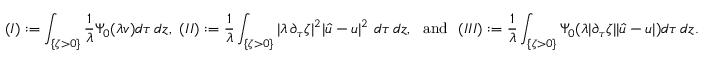
( I ) : = \int _ { \{ \zeta > 0 \} } \frac { 1 } { \lambda } \Psi _ { 0 } ( \lambda v ) d \tau \, d z , \ ( I I ) : = \frac { 1 } { \lambda } \int _ { \{ \zeta > 0 \} } | \lambda \, \partial _ { \tau } \zeta | ^ { 2 } | \hat { u } - u | ^ { 2 } \ d \tau \, d z , \ \mathrm { ~ a n d ~ } \ ( I I I ) : = \frac { 1 } { \lambda } \int _ { \{ \zeta > 0 \} } \Psi _ { 0 } ( \lambda | \partial _ { \tau } \zeta | | \hat { u } - u | ) d \tau \, d z .